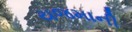
યજમાની